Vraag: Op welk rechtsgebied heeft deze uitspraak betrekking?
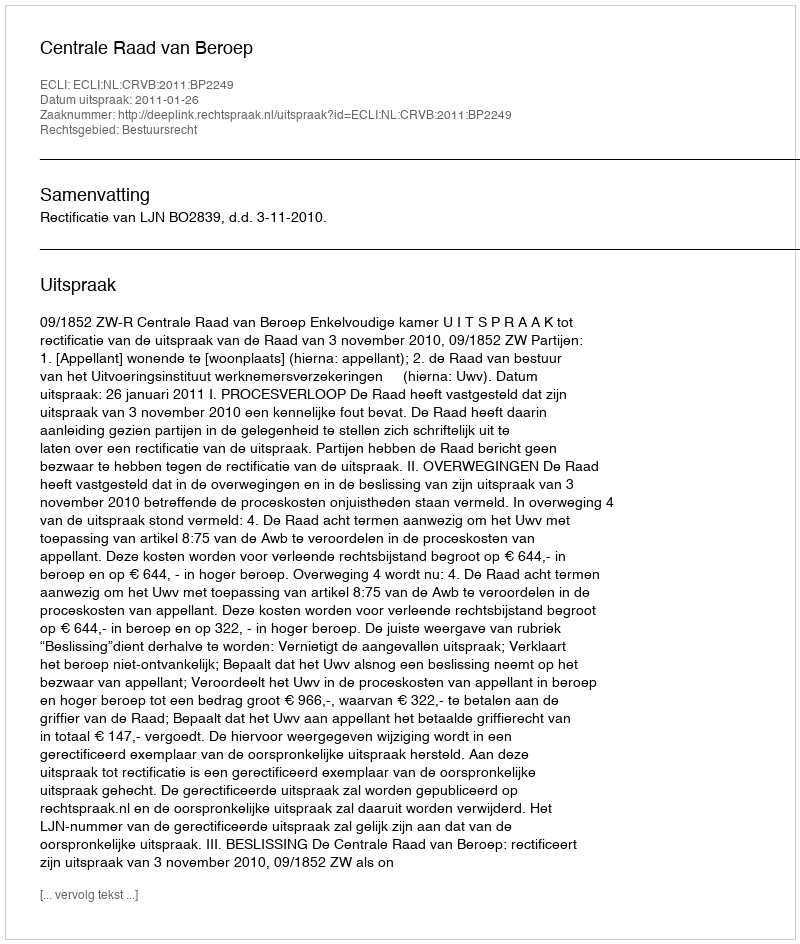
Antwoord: Bestuursrecht